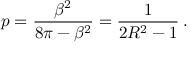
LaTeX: p = \displaystyle \frac { \beta ^ { 2 } } { 8 \pi - \beta ^ { 2 } } = \displaystyle \frac { 1 } { 2 R ^ { 2 } - 1 } \: .